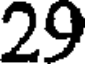
29